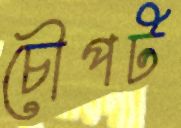
চৌপট